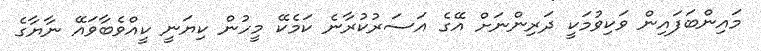
މައިންބަފައިން ވަކިވުމަކީ ދަރިންނަށް އޭގެ އަސަރުކުރާނެ ކަމެކޭ މީހުން ކިޔަނީ ކީއްވެބާވައޭ ނާޔާގެ